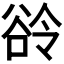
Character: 𬤲